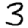
Digit: 3